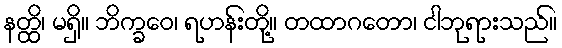
နတ္ထိ၊ မရှိ။ ဘိက္ခဝေ၊ ရဟန်းတို့။ တထာဂတော၊ ငါဘုရားသည်။